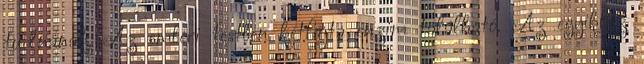
tudnának. Az emberi testben kétfajta enzim található. Az egyikhez